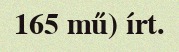
165 mű) írt.